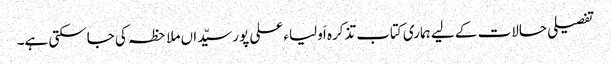
تفصیلی حالات کے لیے ہماری کتاب تذکرہ اَولیاء علی پورسیّداں ملاحظہ کی جاسکتی ہے۔